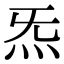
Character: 炁